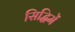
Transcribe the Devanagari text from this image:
सिद्धिमें